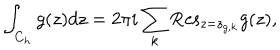
\int _ { C _ { h } } { g ( z ) d z } = 2 \pi i \sum _ { k } { \mathrm { R e s } } _ { z = z _ { g , k } } g ( z ) ,